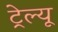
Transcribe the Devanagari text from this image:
ट्रेल्यू